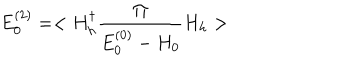
E _ { 0 } ^ { ( 2 ) } = < H _ { h } ^ { \dagger } \frac { \Pi } { E _ { 0 } ^ { ( 0 ) } - H _ { 0 } } H _ { h } >